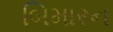
બિમારન